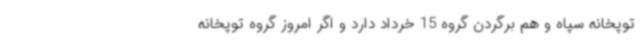
توپخانه سپاه و هم برگردن گروه 15 خرداد دارد و اگر امروز گروه توپخانه